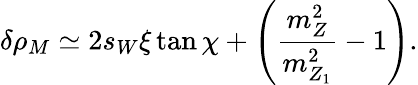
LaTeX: \delta\rho_{M}\simeq 2s_{W}\xi\tan\chi+\left({\frac{m_{Z}^{2}}{m_{Z_{1}}^{2}}}-1\right).